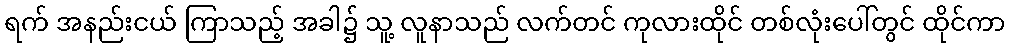
ရက် အနည်းငယ် ကြာသည့် အခါ၌ သူ့ လူနာသည် လက်တင် ကုလားထိုင် တစ်လုံးပေါ်တွင် ထိုင်ကာ